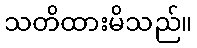
သတိထားမိသည်။